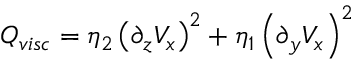
Q _ { v i s c } = \eta _ { 2 } \left( \partial _ { z } V _ { x } \right) ^ { 2 } + \eta _ { 1 } \left( \partial _ { y } V _ { x } \right) ^ { 2 }